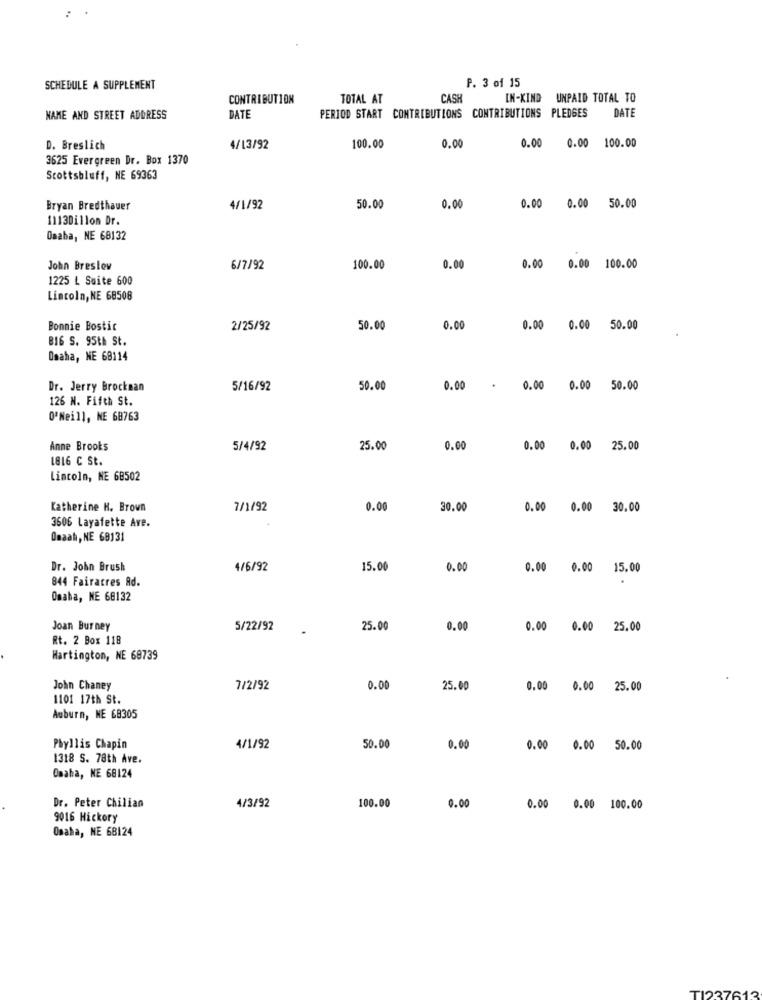
P. 3 of 15
SCHEDULE A SUPPLEMENT
CONTRIBUTION
TOTAL AT
CASH
IN-KIND UNPAID TOTAL TO
DATE
NAME AND STREET ADDRESS
DATE
PERIOD START CONTRIBUTIONS CONTRIBUTIONS PLEDGES
0.00 100.00
D. Breslich
4/13/92
100.00
0.00
0.00
3625 Evergreen Dr. Box 1370
Scottsbluff, NE 69363
0.00
Bryan Bredthauer
4/1/92
50.00
0.00
0.00 50.00
1113Dillon Dr.
Omaha, NE 68132
John Breslow
6/7/92
100.00
0.00
0.00 0.00 100.00
1225 L Suite 600
Lincoln, NE 68508
Bonnie Bostic
2/25/92
50.00
0.00
0.00 0.00 50.00
B16 S. 95th St.
Omaha, NE 68114
Dr. Jerry Brockman
5/16/92
50.00
0.00
.
0.00 0.00 50.00
126 N. Fifth St.
O'Neill, NE 68763
Anne Brooks
5/4/92
25.00
0.00
0.00 0.00 25.00
1816 C St.
Lincoln, NE 68502
Katherine H. Brown
7/1/92
0.00
30.00
0.00 0.00
30.00
3606 Layafette Ave.
Omaah, NE 68131
Dr. John Brush
4/6/92
15.00
0.00
0.00 0.00 15.00
844 Fairacres Ad.
Omaha, NE 68132
Joan Bur ney
5/22/92
25.00
0.00
0.00 0.00 25.00
Rt. 2 Box 118
Hartington, NE 68739
John Chaney
7/2/92
0.00
25.00
0.00 0.00 25.00
1101 17th St.
Auburn, NE 68305
Phyllis Chapin
4/1/92
50.00
0.00
0.00 0.00 50.00
1318 S. 78th Ave.
Omaha, NE 68124
Dr. Peter Chilian
4/3/92
100.00
0.00
0.00 0.00 100.00
9016 Hickory
Omaha, NE 68124
123.